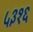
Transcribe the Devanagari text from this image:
५३१६